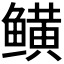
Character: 𬶫